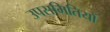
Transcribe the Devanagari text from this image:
उपसमितियों